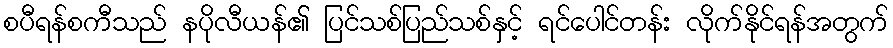
စပီရန်စကီသည် နပိုလီယန်၏ ပြင်သစ်ပြည်သစ်နှင့် ရင်ပေါင်တန်း လိုက်နိုင်ရန်အတွက်